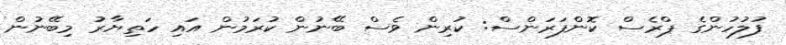
ފުލުހުންގެ ޕްރެސް ކޮންފަރަންސް: ކުރިން ވެސް ބޭނުން ކުރަމުން އައި ހަތިޔާރު މިބޭނުން